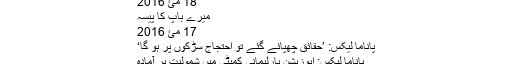
پاناما لیکس: 12 رکنی پارلیمانی کمیٹی کی تشکیل کا فیصلہ
18 مئ 2016
میرے باپ کا پیسہ
17 مئ 2016
پاناما لیکس: ’حقائق چھپائے گئے تو احتجاج سڑکوں پر ہو گا‘
پاناما لیکس: اپوزیشن پارلیمانی کمیٹی میں شمولیت پر آمادہ
ایسا کیسے چلے گا ؟